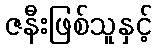
ဇနီးဖြစ်သူနှင့်